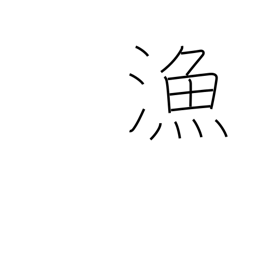
Meaning: fishery